Lunatic asylums Punjab 1895-1910 - 1895-1910
Year: 1895
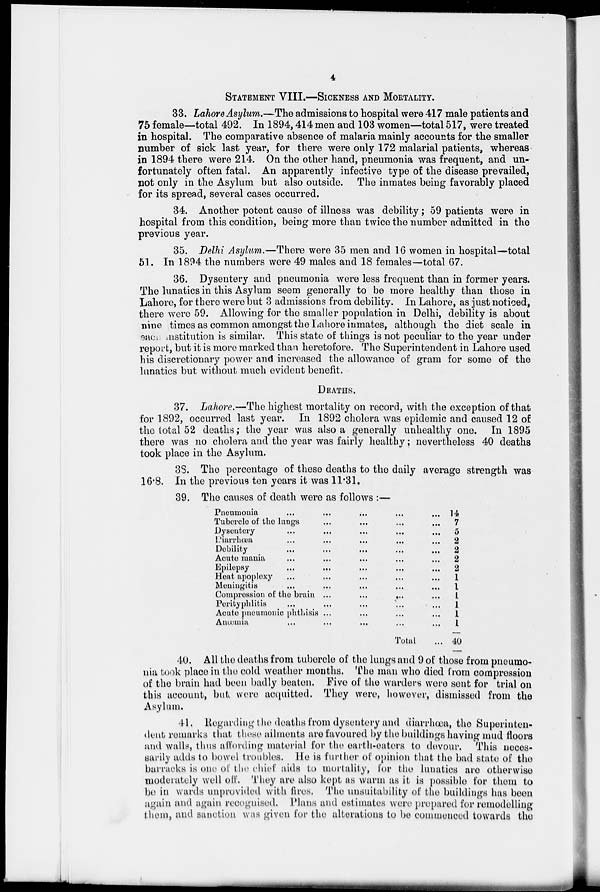
4
STATEMENT VIII.—SICKNESS AND MORTALITY.
33. Lahore Asylum.—The admissions to hospital were 417 male patients and
75 female—total 492. In 1894, 414 men and 103 women—total 517, were treated
in hospital. The comparative absence of malaria mainly accounts for the smaller
number of sick last year, for there were only 172 malarial patients, whereas
in 1894 there were 214. On the other hand, pneumonia was frequent, and un-
fortunately often fatal. An apparently infective type of the disease prevailed,
not only in the Asylum but also outside. The inmates being favorably placed
for its spread, several cases occurred.
34. Another potent cause of illness was debility; 59 patients were in
hospital from this condition, being more than twice the number admitted in the
previous year.
35. Delhi Asylum.—There were 35 men and 16 women in hospital—total
51. In 1894 the numbers were 49 males and 18 females—total 67.
36. Dysentery and pneumonia were less frequent than in former years.
The lunatics in this Asylum seem generally to be more healthy than those in
Lahore, for there were but 3 admissions from debility. In Lahore, as just noticed,
there were 59. Allowing for the smaller population in Delhi, debility is about
nine times as common amongst the Lahore inmates, although the diet scale in
each institution is similar. This state of things is not peculiar to the year under
report, but it is more marked than heretofore. The Superintendent in Lahore used
his discretionary power and increased the allowance of gram for some of the
lunatics but without much evident benefit.
DEATHS.
37. Lahore.—The highest mortality on record, with the exception of that
for 1892, occurred last year. In 1892 cholera was epidemic and caused 12 of
the total 52 deaths; the year was also a generally unhealthy one. In 1895
there was no cholera and the year was fairly healthy; nevertheless 40 deaths
took place in the Asylum.
38. The percentage of these deaths to the daily average strength was
16.8. In the previous ten years it was 11.31.
39. The causes of death were as follows :—
Pneumonia ... ... ... ... ...
Tubercle of the lungs
...
...
...
...
...
Dysentery ... ... ... ... ...
Diarrhœa ... ... ... ... ...
Debility ... ... ... ... ...
Acute mania ... ... ... ... ...
Epilepsy ... ... ... ... ...
Heat apoplexy ... ... ... ... ...
Meningitis ... ... ... ... ...
Compression of the brain ... ... ... ... ...
Perityphlitis ... ... ... ... ...
Acute pneumonic phthisis ... ... ... ... ...
Anœmia ... ... ... ... ...
Total ...
14
7
5
2 2
2
2 1
1
1
1
1
1
40
40. All the deaths from tubercle of the lungs and 9 of those from pneumo-
nia took place in the cold weather months. The man who died from compression
of the brain had been badly beaten. Five of the warders were sent for trial on
this account, but were acquitted. They were, however, dismissed from the
Asylum.
41. Regarding the deaths from dysentery and diarrhœa, the Superinten-
dent remarks that these ailments are favoured by the buildings having mud floors
and walls, thus affording material for the earth-eaters to devour. This neces-
sarily adds to bowel troubles. He is further of opinion that the bad state of the
barracks is one of the chief aids to mortality, for the lunatics are otherwise
moderately well off. They are also kept as warm as it is possible for them to
be in wards unprovided with fires. The unsuitability of the buildings has been
again and again recognised. Plans and estimates were prepared for remodelling
them, and sanction was given for the alterations to be commenced towards the